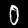
Label: 0